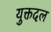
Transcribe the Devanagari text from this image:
युक्तदल